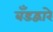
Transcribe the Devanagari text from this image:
बँडद्वारे